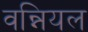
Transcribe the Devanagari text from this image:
वन्नियल